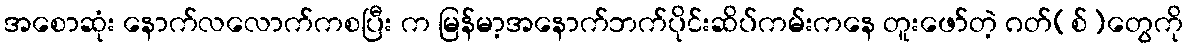
အစောဆုံး နောက်လလောက်ကစပြီး က မြန်မာ့အနောက်ဘက်ပိုင်းဆိပ်ကမ်းကနေ တူးဖော်တဲ့ ဂတ်(စ်)တွေကို